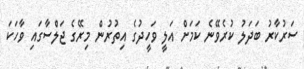
ސަރުކާރު ބަދަލު ކުރެވޭނެ ކަމަށް އަލީ ވަހީދުގެ އިތުރުން މިރޭގެ ޖަލްސާގައި ވާހަކަ